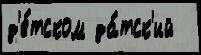
д'е́тском да́тск'ий